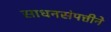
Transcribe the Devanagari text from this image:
साधनसंपत्तीने